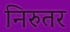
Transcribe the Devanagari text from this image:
निरुतर